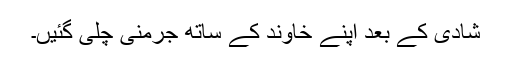
شادی کے بعد اپنے خاوند کے ساتھ جرمنی چلی گئیں۔